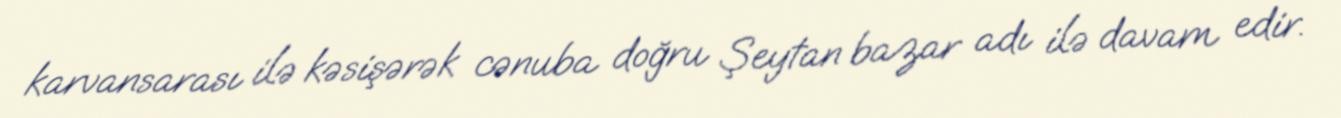
karvansarası ilə kəsişərək cənuba doğru Şeytan bazar adı ilə davam edir.